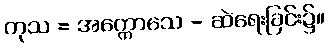
ကုသ = အက္ကောသေ - ဆဲရေးခြင်း၌။